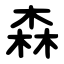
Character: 森